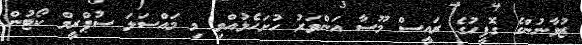
ޒުވާނުންގެ ގޮފީހުގެ ރައީސް މޫސާ އަންވަރު ހުށަހެޅުއްވި މި މައްސަލަ ސުޕްރީމް ކޯޓުން